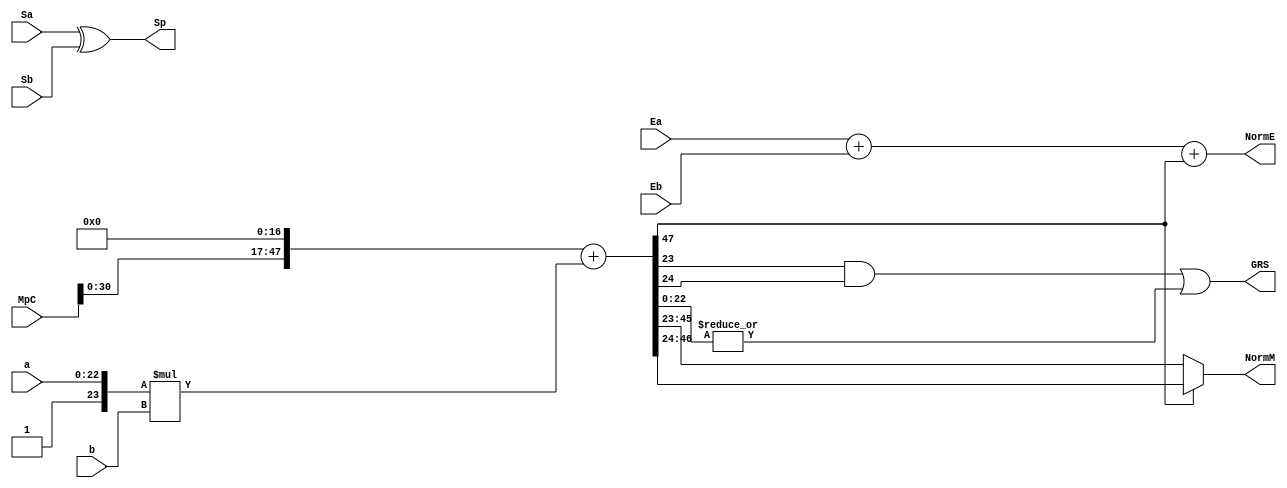
`timescale 1ns / 1ps

module FPMult_b(
		a,
		b,
		MpC,
		Ea,
		Eb,
		Sa,
		Sb,
		Sp,
		NormE,
		NormM,
		GRS
    );

	// Input ports
	input [22:0] a ;
	input [16:0] b ;
	input [47:0] MpC ;
	input [7:0] Ea ;						// A's exponent
	input [7:0] Eb ;						// B's exponent
	input Sa ;								// A's sign
	input Sb ;								// B's sign
	
	// Output ports
	output Sp ;								// Product sign
	output [8:0] NormE ;													// Normalized exponent
	output [22:0] NormM ;												// Normalized mantissa
	output GRS ;
	
	wire [47:0] Mp ;
	
	assign Sp = (Sa ^ Sb) ;												// Equal signs give a positive product
	
  `ifndef SYNTHESIS_
	assign Mp = (MpC<<17) + ({7'b0000001, a[22:0]}*{1'b0, b[16:0]}) ;
  `else
  wire [47:0] Mp_temp;
  DW02_mult #(30,18) u_mult(.A({7'b0000001, a[22:0]}), .B({1'b0, b[16:0]}), .TC(1'b1), .PRODUCT(Mp_temp));
  DW01_add #(48) u_add1(.A(MpC<<17), .B(Mp_temp), .CI(1'b0), .SUM(Mp), .CO());
  `endif
	
	assign NormM = (Mp[47] ? Mp[46:24] : Mp[45:23]); // Check for overflow
  `ifndef SYNTHESIS_
	assign NormE = (Ea + Eb + Mp[47]);								// If so, increment exponent
  `else
  DW01_add #(8) u_add2(.A(Ea), .B(Eb), .CI(Mp[47]), .SUM(NormE[7:0]), .CO(NormE[8]));
  `endif
	
	assign GRS = ((Mp[23]&(Mp[24]))|(|Mp[22:0])) ;
	
endmodule